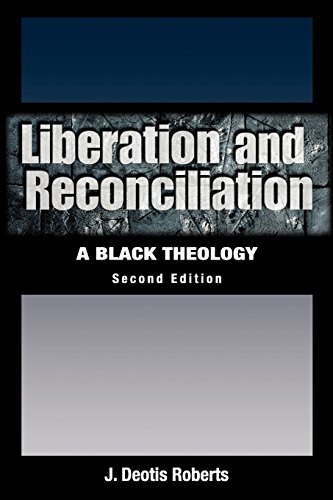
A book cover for Liberation And Reconciliation: A Black Theology, Second Edition; J. Deotis Roberts; Christian Books & Bibles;